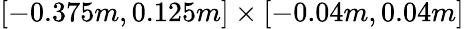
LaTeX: \left[-0.375m,0.125m\right]\times\left[-0.04m,0.04m\right]